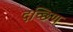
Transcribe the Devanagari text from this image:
दच्छिण